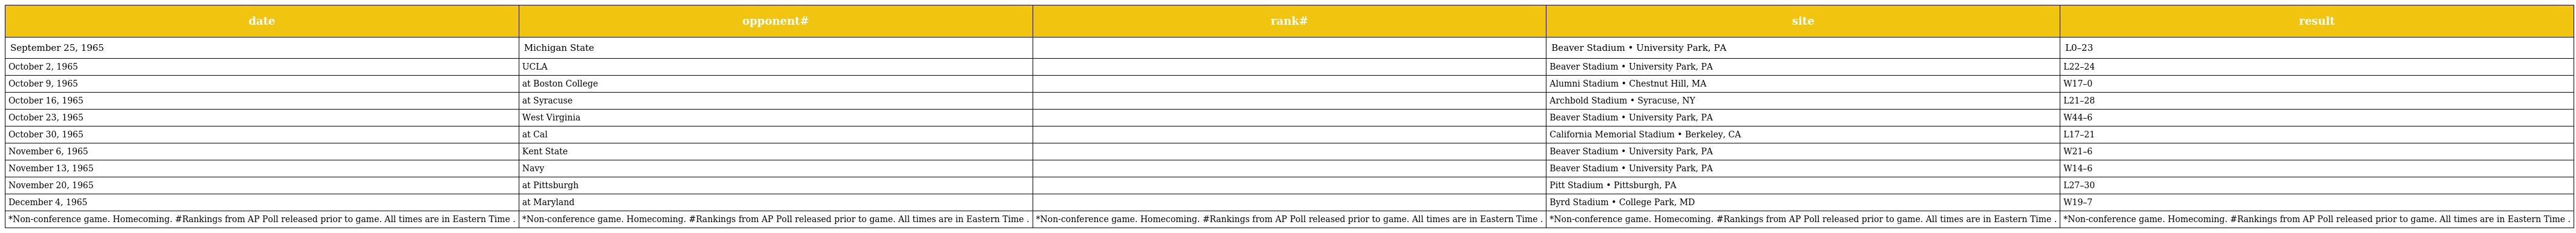
| date | opponent# | rank# | site | result |
 | --- | --- | --- | --- | --- |
 | September 25, 1965 | Michigan State |  | Beaver Stadium • University Park, PA | L0–23 |
 | October 2, 1965 | UCLA |  | Beaver Stadium • University Park, PA | L22–24 |
 | October 9, 1965 | at Boston College |  | Alumni Stadium • Chestnut Hill, MA | W17–0 |
 | October 16, 1965 | at Syracuse |  | Archbold Stadium • Syracuse, NY | L21–28 |
 | October 23, 1965 | West Virginia |  | Beaver Stadium • University Park, PA | W44–6 |
 | October 30, 1965 | at Cal |  | California Memorial Stadium • Berkeley, CA | L17–21 |
 | November 6, 1965 | Kent State |  | Beaver Stadium • University Park, PA | W21–6 |
 | November 13, 1965 | Navy |  | Beaver Stadium • University Park, PA | W14–6 |
 | November 20, 1965 | at Pittsburgh |  | Pitt Stadium • Pittsburgh, PA | L27–30 |
 | December 4, 1965 | at Maryland |  | Byrd Stadium • College Park, MD | W19–7 |
 | *Non-conference game. Homecoming. #Rankings from AP Poll released prior to game. All times are in Eastern Time . | *Non-conference game. Homecoming. #Rankings from AP Poll released prior to game. All times are in Eastern Time . | *Non-conference game. Homecoming. #Rankings from AP Poll released prior to game. All times are in Eastern Time . | *Non-conference game. Homecoming. #Rankings from AP Poll released prior to game. All times are in Eastern Time . | *Non-conference game. Homecoming. #Rankings from AP Poll released prior to game. All times are in Eastern Time . |